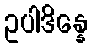
ဥပါဒိန္နေ